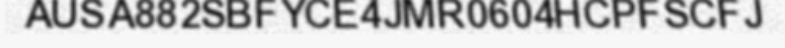
AUSA882SBFYCE4JMR0604HCPFSCFJ